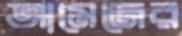
আমেজের